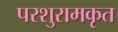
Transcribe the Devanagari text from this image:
परशुरामकृत